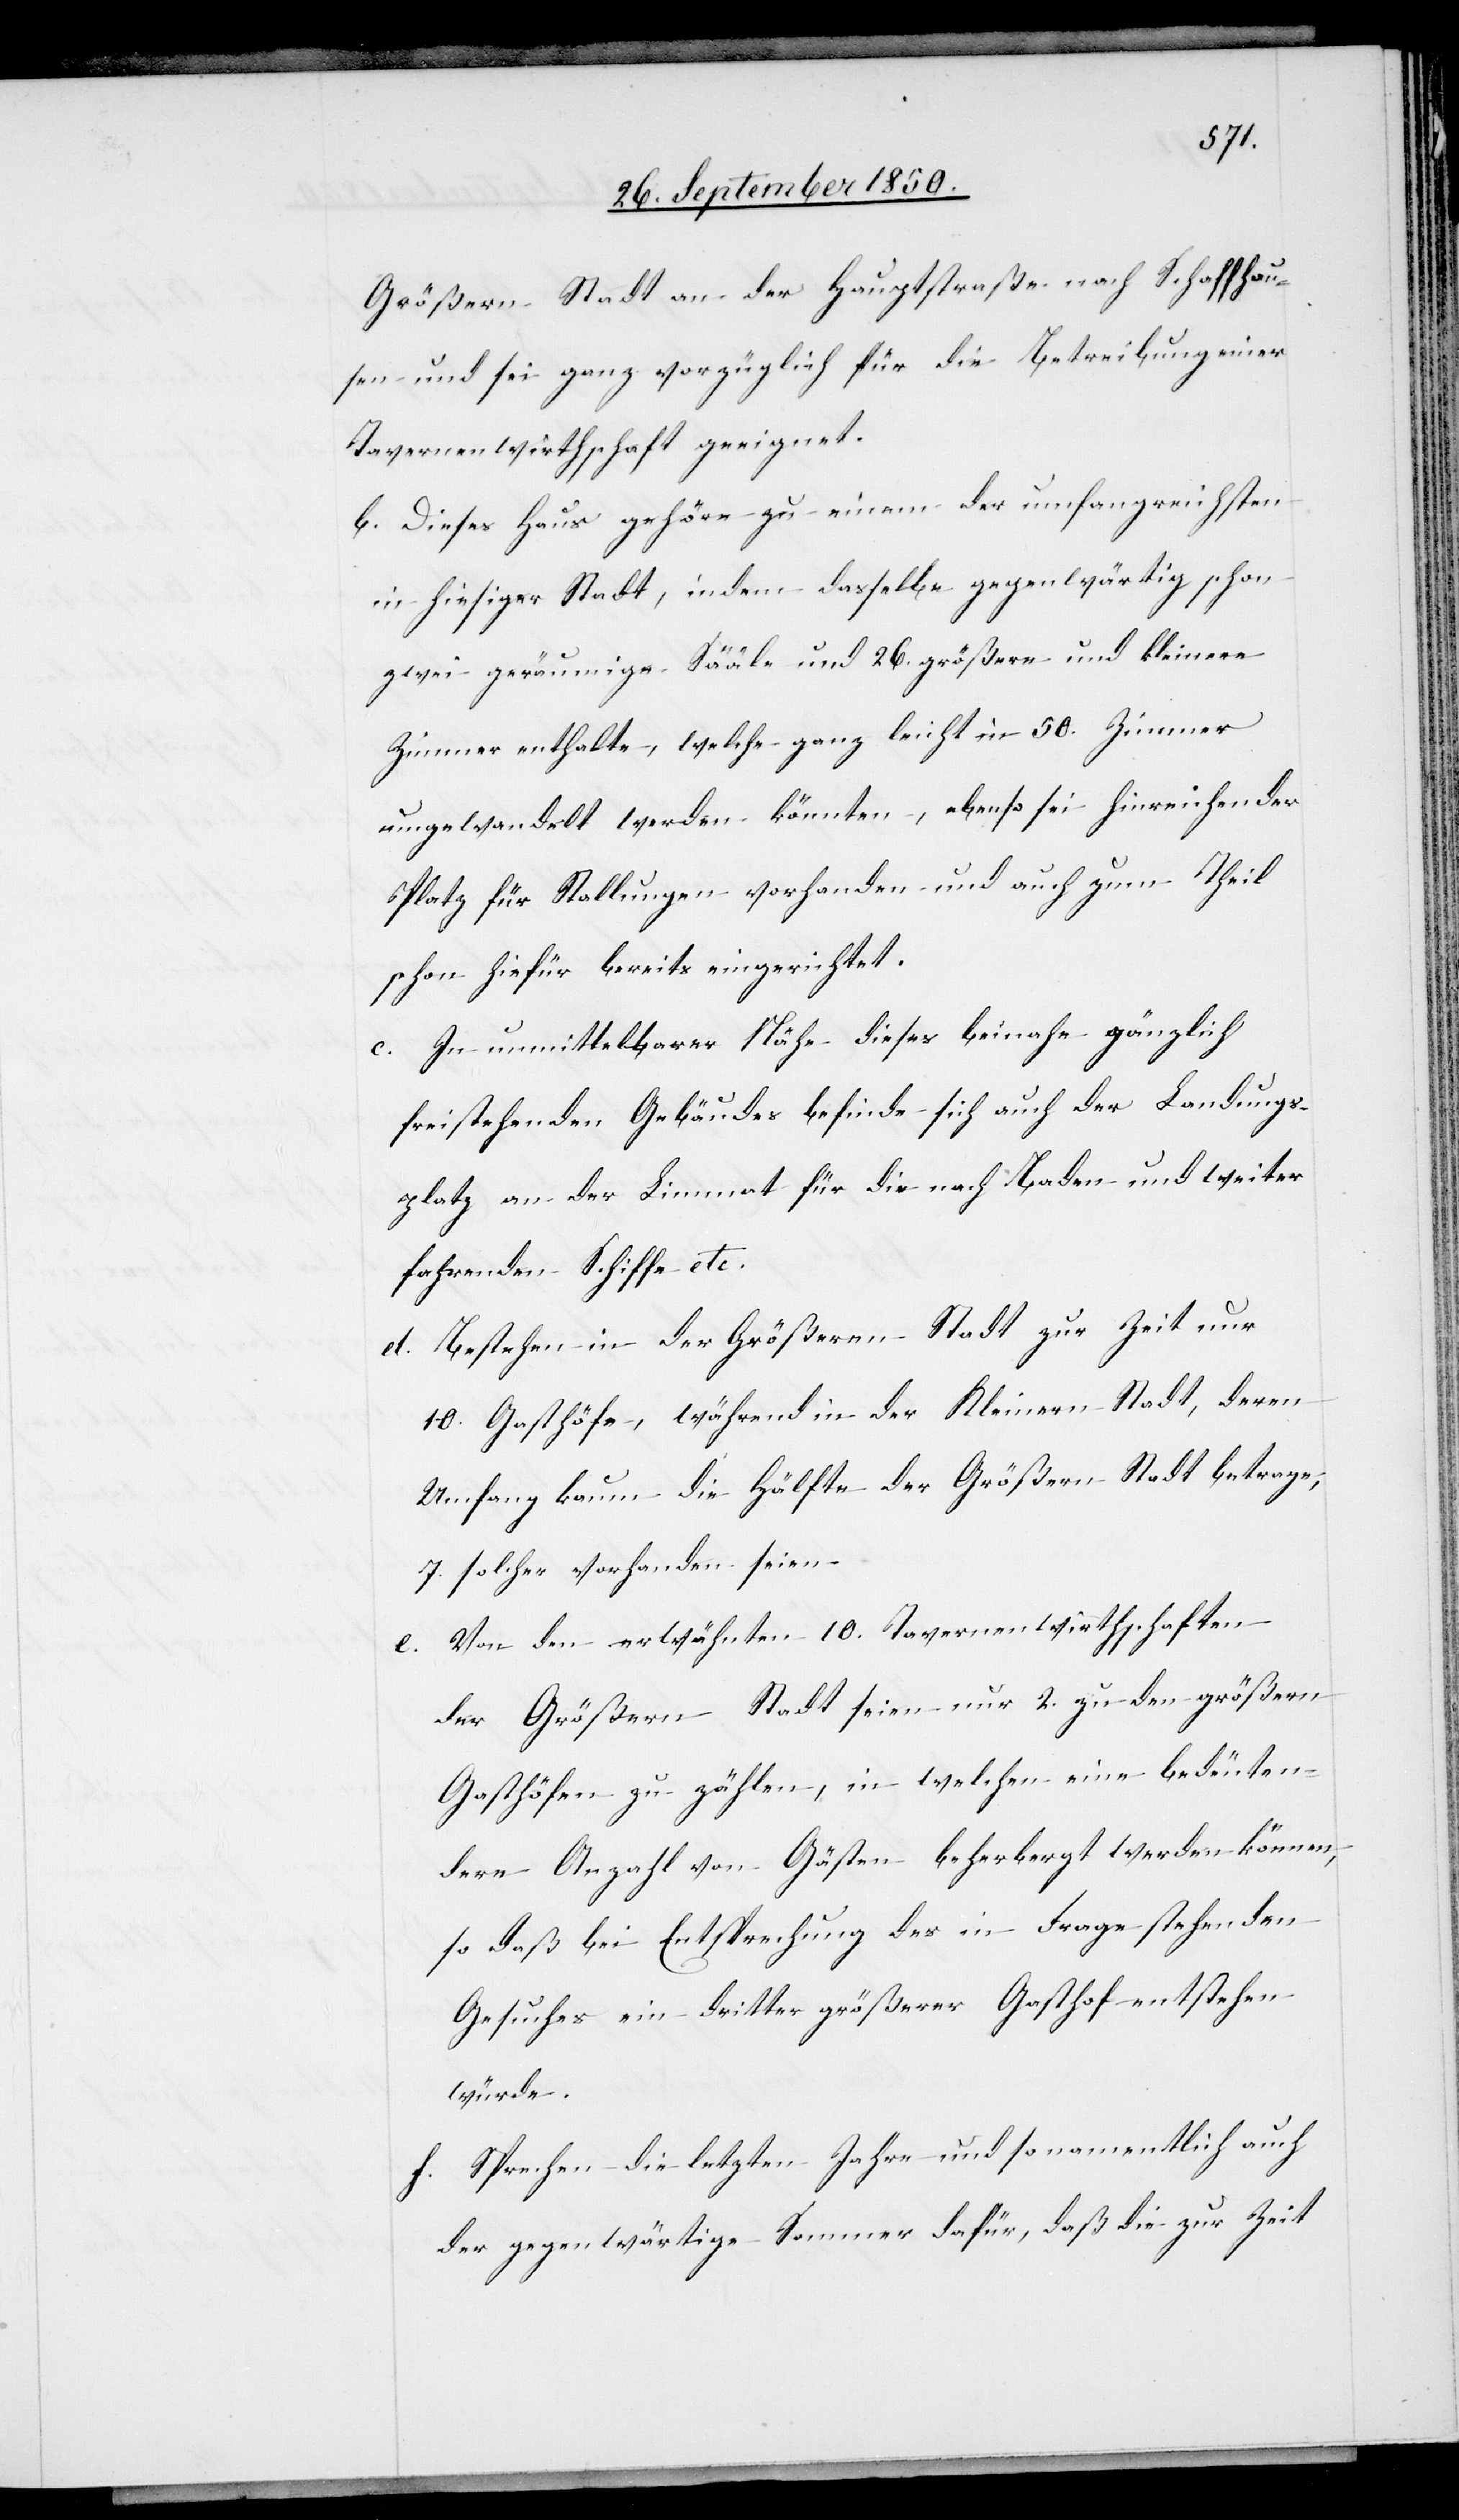
Größern Stadt an der Hauptstraße nach Schaffhau¬
sen und sei ganz vorzüglich für die Betreibung einer
Tavernenwirthschaft geeignet.
b. Dieses Haus gehöre zu einem der umfangreichsten
in hiesiger Stadt, indem dasselbe gegenwärtig schon
zwei geräumige Sääle und 26. größere und kleinere
Zimmer enthalte, welche ganz leicht in 50. Zimmer
umgewandelt werden könnten, ebenso sei hinreichender
Platz für Stallungen vorhanden und auch zum Theil
schon hiefür bereits eingerichtet.
c. In unmittelbarer Nähe dieses beinahe gänzlich
freistehenden Gebäudes befinde sich auch der Landungs¬
platz an der Limmat für die nach Baden und weiter
fahrenden Schiffe etc.
d. Bestehen in der Größeren Stadt zur Zeit nur
10. Gasthöfe, während in der Kleinern Stadt, deren
Umfang kaum die Hälfte der Größern Stadt betrage,
7 solcher vorhanden seien.
e. Von den erwähnten 10. Tavernenwirthschaften
der Größern Stadt seien nur 2. zu den größern
Gasthöfen zu zählen, in welchen eine bedeuten¬
dere Anzahl von Gästen beherbergt werden können,
so daß bei Entsprechung des in Frage stehenden
Gesuches ein dritter größerer Gasthof entstehen
würde.
f. Sprechen die letzten Jahre und so namentlich auch
der gegenwärtige Sommer dafür, daß die zur Zeit